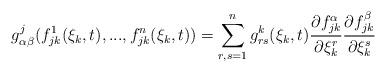
LaTeX: \begin{align*}g_{\alpha \beta}^j(f_{jk}^1(\xi_k,t),...,f_{jk}^n(\xi_k,t))=\sum_{r,s=1}^n g_{rs}^k(\xi_k,t)\frac{\partial f_{jk}^{\alpha}}{\partial \xi_k^r}\frac{\partial f_{jk}^{\beta}}{\partial \xi_k^s}\end{align*}